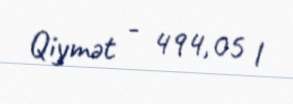
Qiymət - 494,05 l